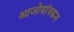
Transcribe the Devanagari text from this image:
आजोबांवरून